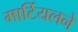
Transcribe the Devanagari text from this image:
मार्टियलने